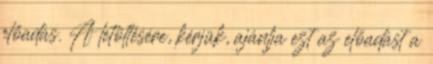
előadás. A letöltésére, kérjük, ajánlja ezt az előadást a